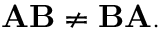
\mathbf { A } \mathbf { B } \neq \mathbf { B } \mathbf { A } .